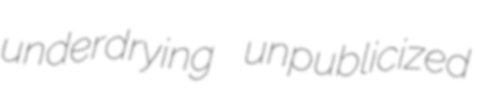
underdrying unpublicized